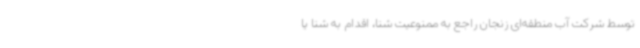
توسط شرکت آب منطقه‌ای زنجان راجع به ممنوعیت شنا، اقدام به شنا یا